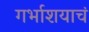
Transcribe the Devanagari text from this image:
गर्भाशयाचं